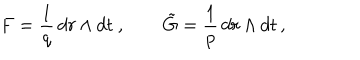
F = \frac { 1 } { q } \, d r \wedge d t \ , \qquad \tilde { G } = \frac { 1 } { p } \, d r \wedge d t \, ,